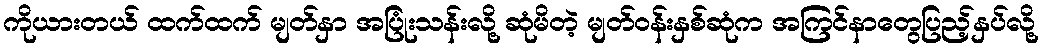
ကိုယားတယ် ထက်ထက် မျတ်နှာ အပြုံးသန်းလို့ ဆုံမိတဲ့ မျတ်ဝန်းနှစ်ဆုံက အကြင်နာတွေပြည့်နှပ်လို့